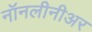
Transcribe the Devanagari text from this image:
नॉनलीनीअर